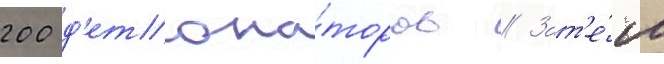
200 д'етона́торов // Зат'е́м